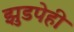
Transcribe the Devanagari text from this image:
झुडपेही